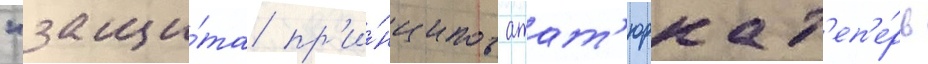
"защи́та пр'и́нципов атат'юрка т'еп'е́рь